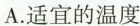
A.适宜的温度